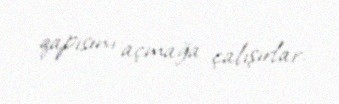
qapısını açmağa çalışırlar.